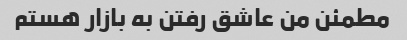
مطمئن من عاشق رفتن به بازار هستم